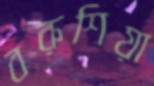
বরুশিয়া